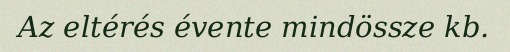
Az eltérés évente mindössze kb.